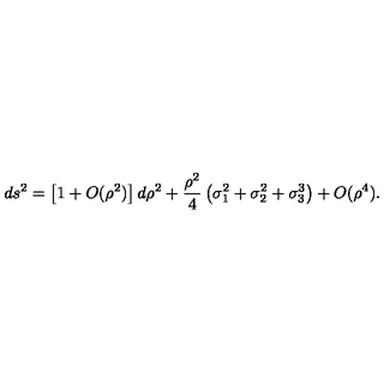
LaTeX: d s ^ { 2 } = \left[ 1 + O ( \rho ^ { 2 } ) \right] d \rho ^ { 2 } + \frac { \rho ^ { 2 } } { 4 } \left( \sigma _ { 1 } ^ { 2 } + \sigma _ { 2 } ^ { 2 } + \sigma _ { 3 } ^ { 3 } \right) + O ( \rho ^ { 4 } ) .